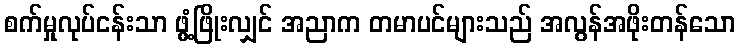
စက်မှုလုပ်ငန်းသာ ဖွံ့ဖြိုးလျှင် အညာက တမာပင်များသည် အလွန်အဖိုးတန်သော